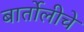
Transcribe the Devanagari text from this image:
बार्तोलीचे